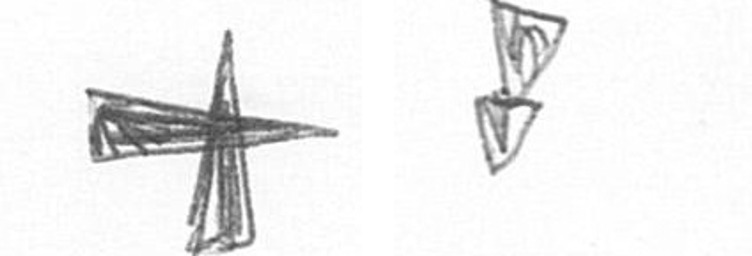
G Z